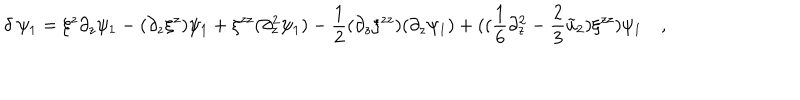
\delta ~ \psi _ { 1 } = \xi ^ { z } \partial _ { z } \psi _ { 1 } - ( \partial _ { z } \xi ^ { z } ) \psi _ { 1 } + \xi ^ { z z } ( \partial _ { z } ^ { 2 } \psi _ { 1 } ) - { \frac { 1 } { 2 } } ( \partial _ { z } \xi ^ { z z } ) ( \partial _ { z } \psi _ { 1 } ) + ( ( { \frac { 1 } { 6 } } \partial _ { z } ^ { 2 } - { \frac { 2 } { 3 } } \tilde { u } _ { 2 } ) \xi ^ { z z } ) \psi _ { 1 } \quad ,